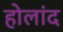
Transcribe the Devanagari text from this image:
होलांद